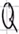
Text: Q